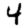
Digit: 4